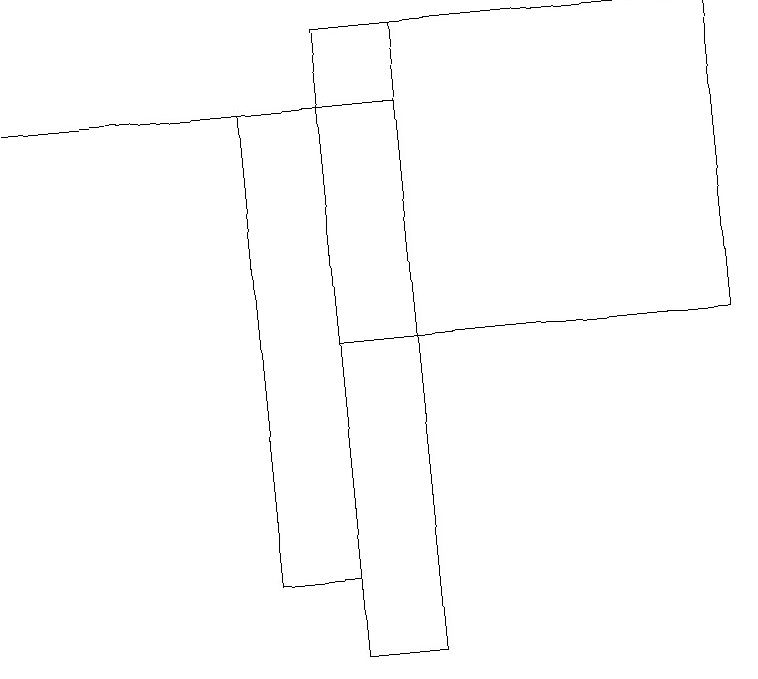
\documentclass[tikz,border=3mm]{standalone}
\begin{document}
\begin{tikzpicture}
\draw (4,12) rectangle (3,18);
\draw (4,15) rectangle (9,19);
\draw (4,19) rectangle (5,11);
\draw (5,18) rectangle (0,18);
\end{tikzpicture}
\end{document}